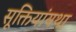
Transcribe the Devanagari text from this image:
सूक्तियांयथा